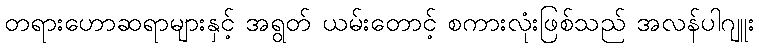
တရားဟောဆရာများနှင့် အရွတ် ယမ်းတောင့် စကားလုံးဖြစ်သည် အလန်ပါဂျူး